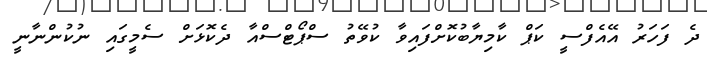
ދެ ފަހަރު އޭއެފްސީ ކަޕް ކާމިޔާބުކޮށްފައިވާ ކުވޭތު ސްޕޯޓްސްއާ ދެކޮޅަށް ސެމީގައި ނުކުންނާނީ